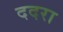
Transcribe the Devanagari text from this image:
ददरा